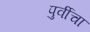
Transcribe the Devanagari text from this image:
पुर्वीचा